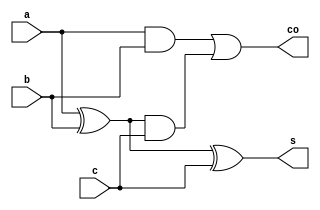
`timescale 1ns / 1ps
//////////////////////////////////////////////////////////////////////////////////
// Company: 
// Engineer: 
// 
// Design Name: 
// Module Name: Full_str
// Project Name: 
// Target Devices: 
// Tool Versions: 
// Description: 
// 
// Dependencies: 
// 
// Revision:
// Revision 0.01 - File Created
// Additional Comments:
// 
//////////////////////////////////////////////////////////////////////////////////


module Full_str(output s,co,input a,b,c);
wire t1,t2,k;
xor g1(s,a,b,c);
xor g2(k,a,b);
and (t1,a,b);
and (t2,k,c);
or (co,t1,t2);
endmodule